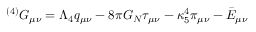
^ { ( 4 ) } G _ { \mu \nu } = \Lambda _ { 4 } q _ { \mu \nu } - 8 \pi G _ { N } \tau _ { \mu \nu } - \kappa _ { 5 } ^ { 4 } \pi _ { \mu \nu } - \bar { E } _ { \mu \nu }